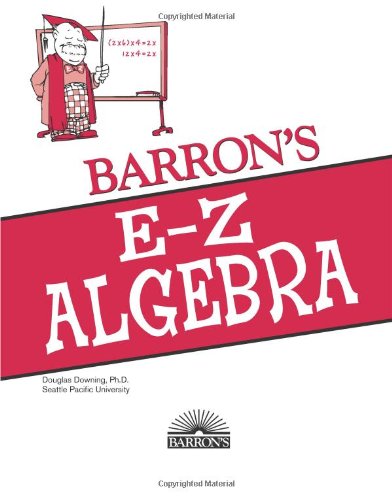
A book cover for E-Z Algebra (Barron's E-Z Series); Douglas Downing; Science & Math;